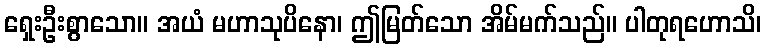
ရှေးဦးစွာသော။ အယံ မဟာသုပိနော၊ ဤမြတ်သော အိမ်မက်သည်။ ပါတုရဟောသိ၊